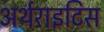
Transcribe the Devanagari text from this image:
अर्थराइटिस